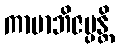
ကာမာဘိဇပ္ပန္တိ